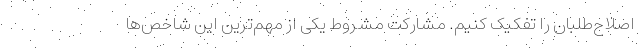
اصلاح‌طلبان را تفکیک کنیم. مشارکت مشروط یکی از مهم‌ترین این شاخص‌ها